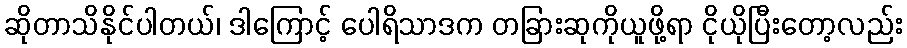
ဆိုတာသိနိုင်ပါတယ်၊ ဒါကြောင့် ပေါရိသာဒက တခြားဆုကိုယူဖို့ရာ ငိုယိုပြီးတော့လည်း